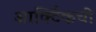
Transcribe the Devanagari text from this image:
आर्क्टिकची